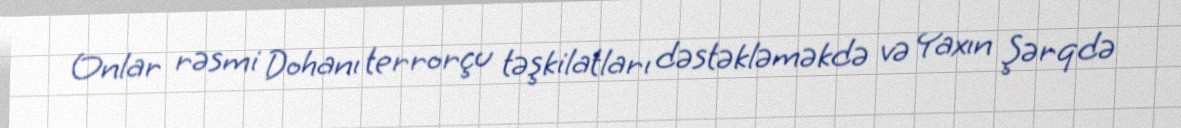
Onlar rəsmi Dohanı terrorçu təşkilatları dəstəkləməkdə və Yaxın Şərqdə